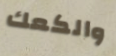
والكعك